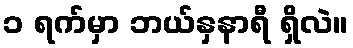
၁ ရက်မှာ ဘယ်နှနာရီ ရှိလဲ။